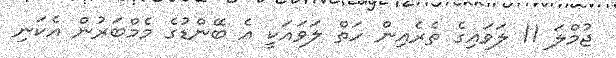
ޖުމްލަ 11 ލަވައިގެ ތެރެއިން ހަތް ލަވައަކީ އެ ބޭންޑުގެ މެމްބަރުން އެކަނި